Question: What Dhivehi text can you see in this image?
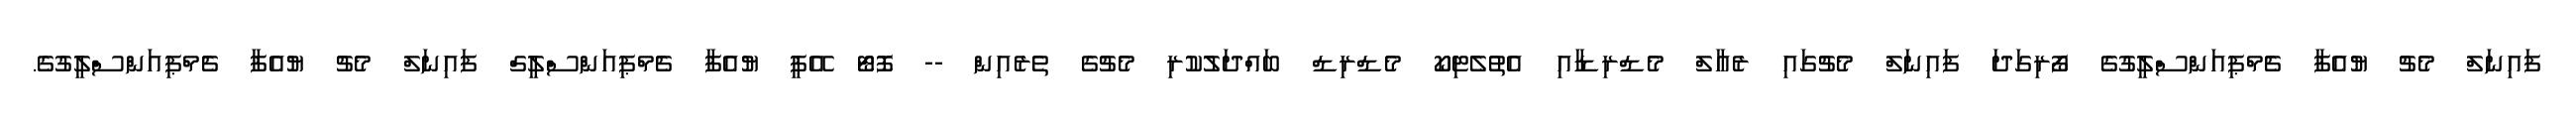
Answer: ފައިނަލް މެޗު ޔުއެފާ ޗެމްޕިއަންސްލީގުގެ ފޯރިގަދަ ފައިނަލް މެޗުގައި ރެއާލް މެޑްރިޑާއި އެތުލެޓިކޯ މެޑްރިޑް ބައްދަލުކުރި މެޗުގެ ތެރެއިން -- ފޮޓޯ އޭޕީ ޔުއެފާ ޗެމްޕިއަންސްލީގް ފައިނަލް މެޗު ޔުއެފާ ޗެމްޕިއަންސްލީގުގެ.